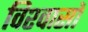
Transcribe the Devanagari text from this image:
विश्‍वासों